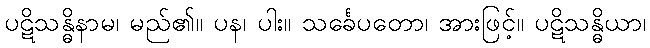
ပဋိသန္ဓိနာမ၊ မည်၏။ ပန၊ ပါး။ သင်္ခေပတော၊ အားဖြင့်။ ပဋိသန္ဓိယာ၊